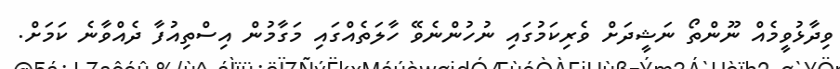
ވިދާޅުވީމެއް ނޫންތޯ ނަޝީދަށް ވެރިކަމުގައި ނުހުންނެވޭ ހާލަތެއްގައި މަގާމުން އިސްތިއުފާ ދެއްވާނެ ކަމަށް.